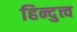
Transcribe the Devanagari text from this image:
हिन्दुत्त्व